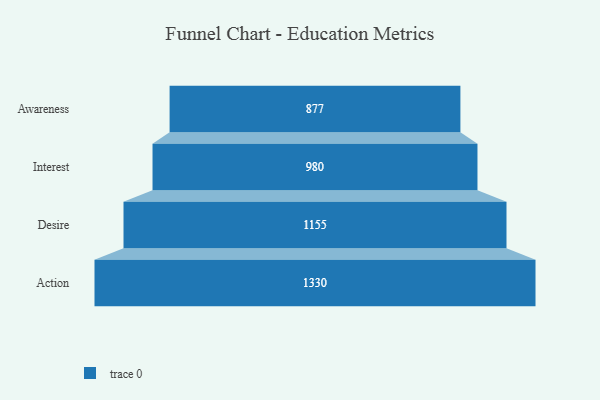
{"axis": {"x": "Stage", "y": "Value"}, "legend": [""], "data": [{"x": "Awareness", "y": 877.0, "type": ""}, {"x": "Interest", "y": 980.0, "type": ""}, {"x": "Desire", "y": 1155.0, "type": ""}, {"x": "Action", "y": 1330.0, "type": ""}]}